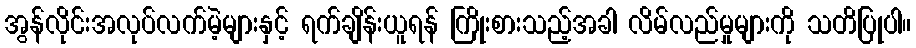
အွန်လိုင်းအလုပ်လက်မဲ့များနှင့် ရက်ချိန်းယူရန် ကြိုးစားသည့်အခါ လိမ်လည်မှုများကို သတိပြုပါ။